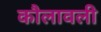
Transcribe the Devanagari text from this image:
कौलावली